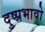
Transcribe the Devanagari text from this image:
दुष्प्रभावो